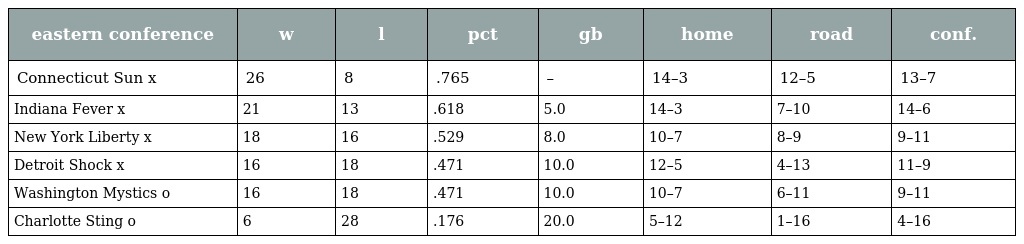
| eastern conference | w | l | pct | gb | home | road | conf. |
 | --- | --- | --- | --- | --- | --- | --- | --- |
 | Connecticut Sun x | 26 | 8 | .765 | – | 14–3 | 12–5 | 13–7 |
 | Indiana Fever x | 21 | 13 | .618 | 5.0 | 14–3 | 7–10 | 14–6 |
 | New York Liberty x | 18 | 16 | .529 | 8.0 | 10–7 | 8–9 | 9–11 |
 | Detroit Shock x | 16 | 18 | .471 | 10.0 | 12–5 | 4–13 | 11–9 |
 | Washington Mystics o | 16 | 18 | .471 | 10.0 | 10–7 | 6–11 | 9–11 |
 | Charlotte Sting o | 6 | 28 | .176 | 20.0 | 5–12 | 1–16 | 4–16 |